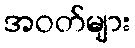
အဝတ်များ